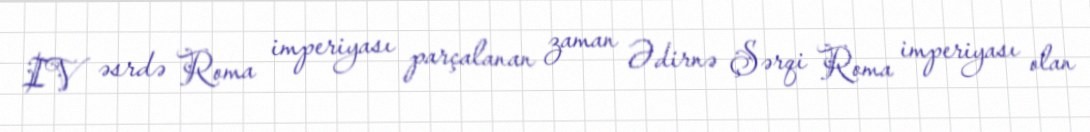
IV əsrdə Roma imperiyası parçalanan zaman Ədirnə Şərqi Roma imperiyası olan